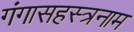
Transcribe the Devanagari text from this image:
गंगासहस्त्रनाम